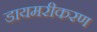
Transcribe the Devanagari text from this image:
डायमरीकरण